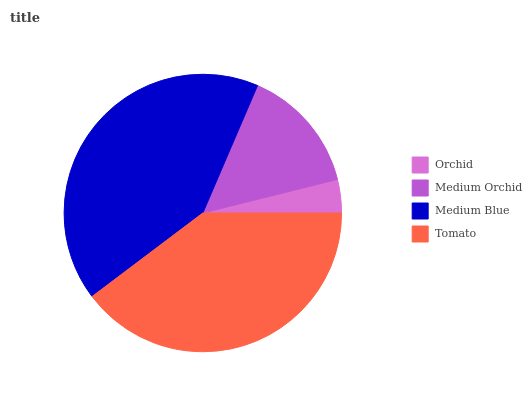
| Orchid | Medium Orchid | Medium Blue | Tomato |
 | --- | --- | --- | --- |
 | 3.88% | 14.7% | 41.7% | 39.8% |